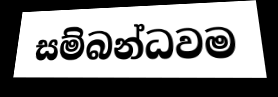
සම්බන්ධවම